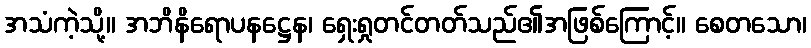
အသံကဲ့သို့။ အဘိနိရောပနဋ္ဌေန၊ ရှေးရှုတင်တတ်သည်၏အဖြစ်ကြောင့်။ စေတသော၊